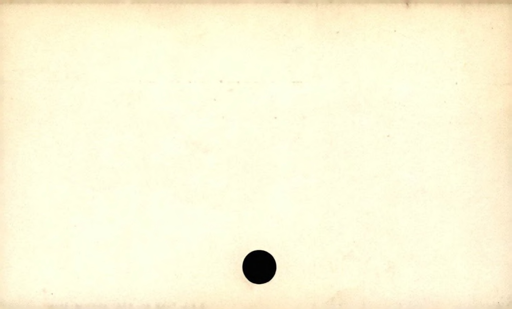
Label: blank